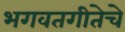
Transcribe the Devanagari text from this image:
भगवतगीतेचे